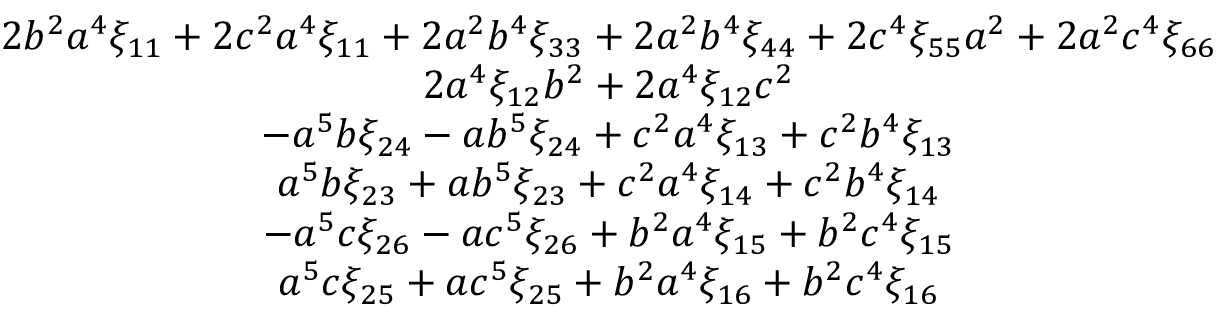
\begin{array} { c } { { 2 b ^ { 2 } a ^ { 4 } \xi _ { 1 1 } + 2 c ^ { 2 } a ^ { 4 } \xi _ { 1 1 } + 2 a ^ { 2 } b ^ { 4 } \xi _ { 3 3 } + 2 a ^ { 2 } b ^ { 4 } \xi _ { 4 4 } + 2 c ^ { 4 } \xi _ { 5 5 } a ^ { 2 } + 2 a ^ { 2 } c ^ { 4 } \xi _ { 6 6 } } } \\ { { 2 a ^ { 4 } \xi _ { 1 2 } b ^ { 2 } + 2 a ^ { 4 } \xi _ { 1 2 } c ^ { 2 } } } \\ { { - a ^ { 5 } b \xi _ { 2 4 } - a b ^ { 5 } \xi _ { 2 4 } + c ^ { 2 } a ^ { 4 } \xi _ { 1 3 } + c ^ { 2 } b ^ { 4 } \xi _ { 1 3 } } } \\ { { a ^ { 5 } b \xi _ { 2 3 } + a b ^ { 5 } \xi _ { 2 3 } + c ^ { 2 } a ^ { 4 } \xi _ { 1 4 } + c ^ { 2 } b ^ { 4 } \xi _ { 1 4 } } } \\ { { - a ^ { 5 } c \xi _ { 2 6 } - a c ^ { 5 } \xi _ { 2 6 } + b ^ { 2 } a ^ { 4 } \xi _ { 1 5 } + b ^ { 2 } c ^ { 4 } \xi _ { 1 5 } } } \\ { { a ^ { 5 } c \xi _ { 2 5 } + a c ^ { 5 } \xi _ { 2 5 } + b ^ { 2 } a ^ { 4 } \xi _ { 1 6 } + b ^ { 2 } c ^ { 4 } \xi _ { 1 6 } } } \end{array}